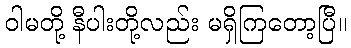
ဝါမတို့ နီပါးတို့လည်း မရှိကြတော့ပြီ။